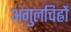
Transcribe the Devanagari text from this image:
अंगुलचिह्नों